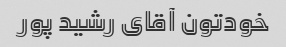
خودتون آقای رشید پور